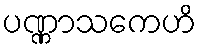
ပဏ္ဏာသကေဟိ